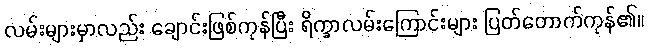
လမ်းများမှာလည်း ချောင်းဖြစ်ကုန်ပြီး ရိက္ခာလမ်းကြောင်းများ ပြတ်တောက်ကုန်၏။